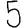
Digit: 5